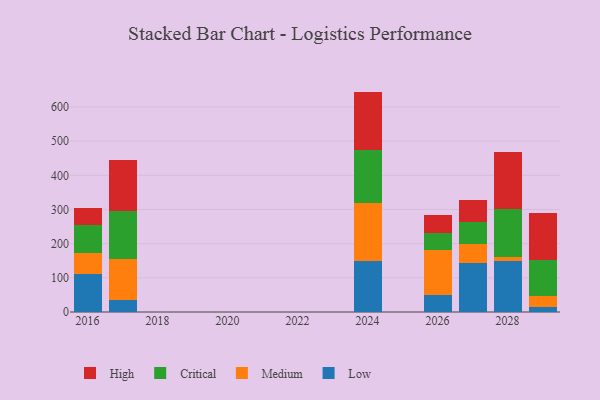
{"axis": {"x": "Year", "y": "Backlog"}, "legend": ["Critical", "High", "Low", "Medium"], "data": [{"x": "2017", "y": 34.0, "type": "Low"}, {"x": "2017", "y": 122.4, "type": "Medium"}, {"x": "2017", "y": 139.6, "type": "Critical"}, {"x": "2017", "y": 149.8, "type": "High"}, {"x": "2026", "y": 50.6, "type": "Low"}, {"x": "2026", "y": 129.8, "type": "Medium"}, {"x": "2026", "y": 50.7, "type": "Critical"}, {"x": "2026", "y": 51.7, "type": "High"}, {"x": "2027", "y": 143.5, "type": "Low"}, {"x": "2027", "y": 55.6, "type": "Medium"}, {"x": "2027", "y": 64.9, "type": "Critical"}, {"x": "2027", "y": 65.1, "type": "High"}, {"x": "2028", "y": 150.7, "type": "Low"}, {"x": "2028", "y": 9.4, "type": "Medium"}, {"x": "2028", "y": 142.1, "type": "Critical"}, {"x": "2028", "y": 165.2, "type": "High"}, {"x": "2024", "y": 149.1, "type": "Low"}, {"x": "2024", "y": 169.2, "type": "Medium"}, {"x": "2024", "y": 156.8, "type": "Critical"}, {"x": "2024", "y": 169.8, "type": "High"}, {"x": "2029", "y": 13.4, "type": "Low"}, {"x": "2029", "y": 32.5, "type": "Medium"}, {"x": "2029", "y": 106.1, "type": "Critical"}, {"x": "2029", "y": 138.7, "type": "High"}, {"x": "2016", "y": 111.5, "type": "Low"}, {"x": "2016", "y": 61.1, "type": "Medium"}, {"x": "2016", "y": 81.1, "type": "Critical"}, {"x": "2016", "y": 49.7, "type": "High"}]}